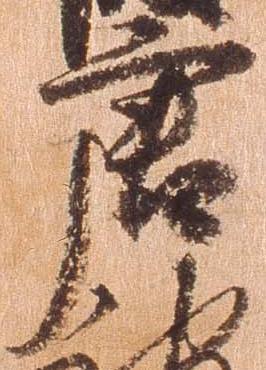
唐